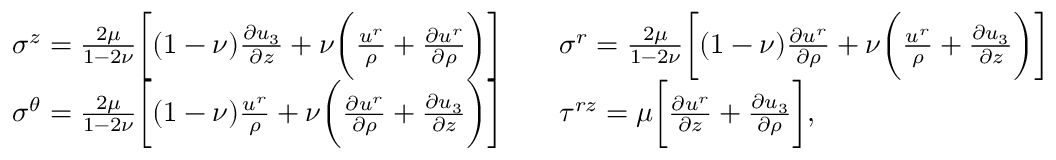
\begin{array} { r l } & { \sigma ^ { z } = \frac { 2 \mu } { 1 - 2 \nu } \bigg [ ( 1 - \nu ) \frac { \partial u _ { 3 } } { \partial z } + \nu \bigg ( \frac { u ^ { r } } { \rho } + \frac { \partial u ^ { r } } { \partial \rho } \bigg ) \bigg ] \qquad \sigma ^ { r } = \frac { 2 \mu } { 1 - 2 \nu } \bigg [ ( 1 - \nu ) \frac { \partial u ^ { r } } { \partial \rho } + \nu \bigg ( \frac { u ^ { r } } { \rho } + \frac { \partial u _ { 3 } } { \partial z } \bigg ) \bigg ] } \\ & { \sigma ^ { \theta } = \frac { 2 \mu } { 1 - 2 \nu } \bigg [ ( 1 - \nu ) \frac { u ^ { r } } { \rho } + \nu \bigg ( \frac { \partial u ^ { r } } { \partial \rho } + \frac { \partial u _ { 3 } } { \partial z } \bigg ) \bigg ] \qquad \tau ^ { r z } = \mu \bigg [ \frac { \partial u ^ { r } } { \partial z } + \frac { \partial u _ { 3 } } { \partial \rho } \bigg ] , } \end{array}